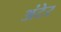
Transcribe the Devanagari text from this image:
अंटेर